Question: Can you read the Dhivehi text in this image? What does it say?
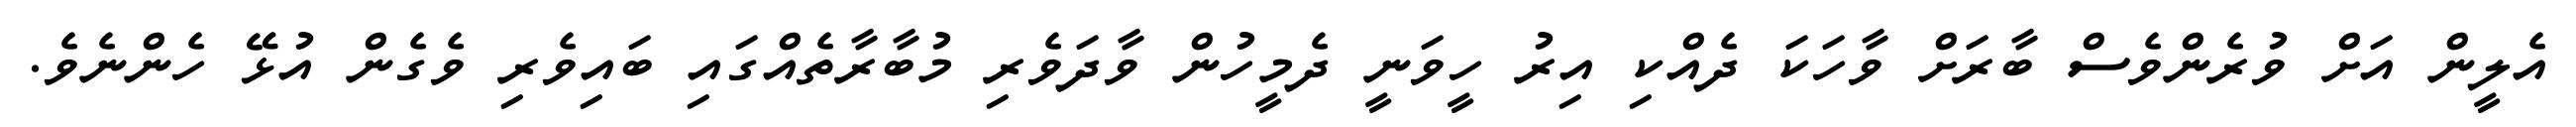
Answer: އެލީން އަށް ވުރެންވެސް ބާރަށް ވާހަކަ ދެއްކި އިރު ހީވަނީ ދެމީހުން ވާދަވެރި މުބާރާތެއްގައި ބައިވެރި ވެގެން އުޅޭ ހެންނެވެ.